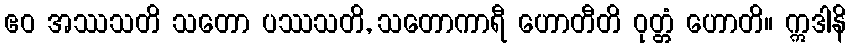
ဧဝ အဿသတိ သတော ပဿသတိ, သတောကာရီ ဟောတီတိ ဝုတ္တံ ဟောတိ။ ဣဒါနိ